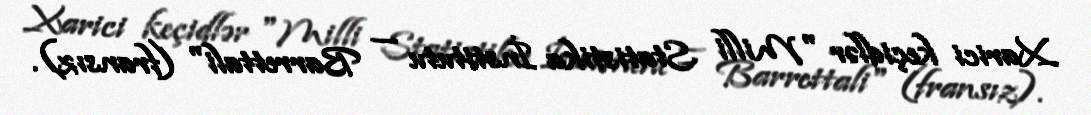
Xarici keçidlər "Milli Statistika İnstitutu — Barrettali" (fransız).